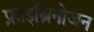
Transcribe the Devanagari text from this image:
फ्राइब्रिनोजन